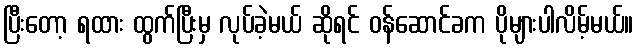
ပြီးတော့ ရထား ထွက်ပြီးမှ လုပ်ခဲ့မယ် ဆိုရင် ဝန်ဆောင်ခက ပိုများပါလိမ့်မယ်။